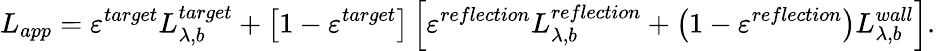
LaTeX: L_{app}=\varepsilon^{target}L_{\lambda,b}^{target}+\left[1-\varepsilon^{target}\right]\left[\varepsilon^{reflection}L_{\lambda,b}^{reflection}+\left(1-\varepsilon^{reflection}\right)L_{\lambda,b}^{wall}\right]\mathrm{.}